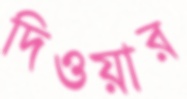
দিওয়ার